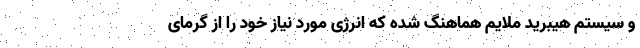
و سیستم هیبرید ملایم هماهنگ شده که انرژی مورد نیاز خود را از گرمای